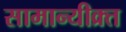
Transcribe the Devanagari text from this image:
सामान्यीक्र्त